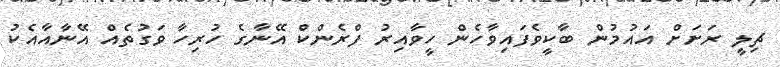
ޗިލީ ރަށަށް އައުމުން ބާކީވެފައިވާހެން ހީވާއިރު ފްރެންކް އޭނާގެ ހުރިހާ ވަގުތެއް އޭނާއާއެކު